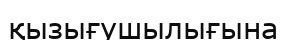
қызығушылығына